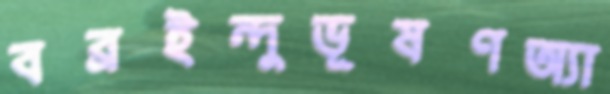
বব্রইন্দুভূষণঅ্যা